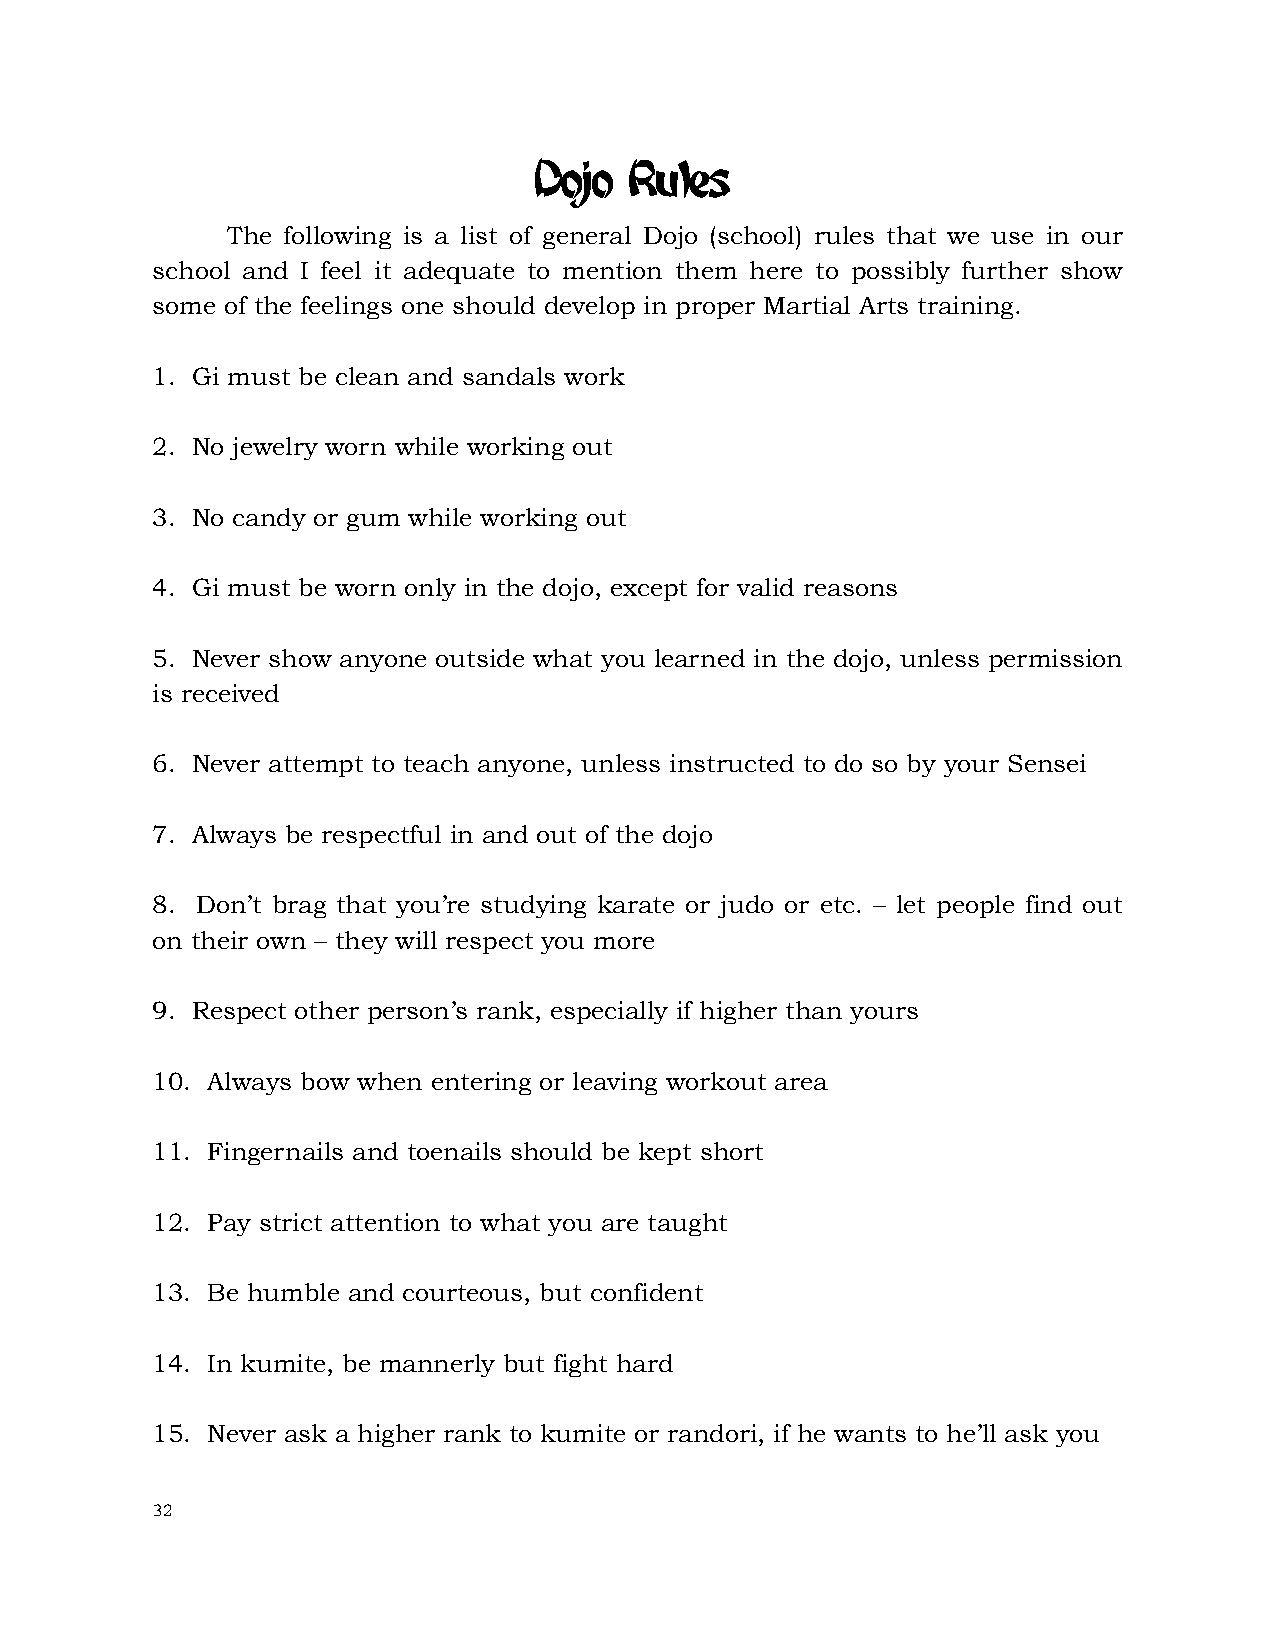
Dojo   Rules
 The following is a list of general Dojo (school) rules that we use in our
 school and I feel it adequate to mention them here to possibly further show
 some of the feelings one should develop in proper Martial Arts training.
 1. Gi must be clean and sandals work
 2. No jewelry worn while working out
 3. No candy or gum while working out
 4. Gi must be worn only in the dojo, except for valid reasons
 5. Never show anyone outside what you learned in the dojo, unless permission
 is received
 6. Never attempt to teach anyone, unless instructed to do so by your Sensei
 7. Always be respectful in and out of the dojo
 8. Don’t brag that you’re studying karate or judo or etc. – let people find out
 on their own – they will respect you more
 9. Respect other person’s rank, especially if higher than yours
 10. Always bow when entering or leaving workout area
 11. Fingernails and toenails should be kept short
 12. Pay strict attention to what you are taught
 13. Be humble and courteous, but confident
 14. In kumite, be mannerly but fight hard
 15. Never ask a higher rank to kumite or randori, if he wants to he’ll ask you
 32